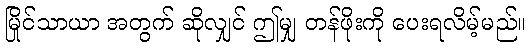
မြိုင်သာယာ အတွက် ဆိုလျှင် ဤမျှ တန်ဖိုးကို ပေးရလိမ့်မည်။